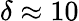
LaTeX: \delta\approx 10